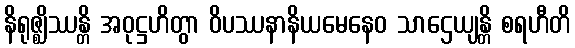
နိရုဇ္ဈိဿန္တိ အဝုဋ္ဌဟိတွာ ဝိပဿနာနိယမေနေဝ သာဌေယျန္တိ စရဟီတိ